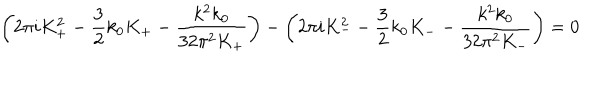
\left( 2 \pi i K _ { + } ^ { 2 } - \frac 3 2 k _ { 0 } K _ { + } - \frac { k ^ { 2 } k _ { 0 } } { 3 2 \pi ^ { 2 } K _ { + } } \right) - \left( 2 \pi i K _ { - } ^ { 2 } - \frac 3 2 k _ { 0 } K _ { - } - \frac { k ^ { 2 } k _ { 0 } } { 3 2 \pi ^ { 2 } K _ { - } } \right) = 0